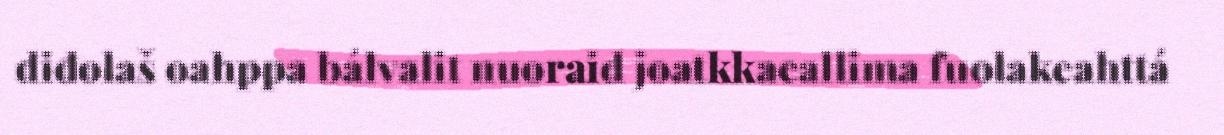
diđolaš oahppa bálvalit nuoraid joatkkaeallima fuolakeahttá